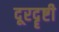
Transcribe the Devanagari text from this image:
दूरदॄष्टी